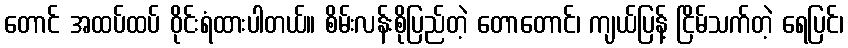
တောင် အထပ်ထပ် ဝိုင်းရံထားပါတယ်။ စိမ်းလန်းစိုပြည်တဲ့ တောတောင်၊ ကျယ်ပြန့် ငြိမ်သက်တဲ့ ရေပြင်၊